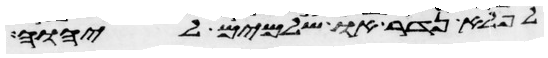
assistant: לפלא נדר או שלמים ליהוה